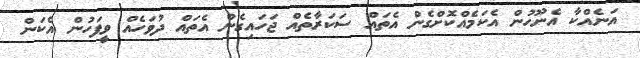
އަނެއްކާ އެނޫހުން އެކަމެއްކޮށްގެން އެތައް ސަކަރާތެއް ޖަހައިގެން އެތައް ދުވަހެއް ވީފަހުން އެކަން